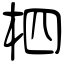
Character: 柶